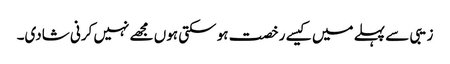
زیبی سے پہلے میں کیسے رخصت ہو سکتی ہوں مجھے نہیں کرنی شادی۔